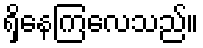
ရှိနေကြလေသည်။